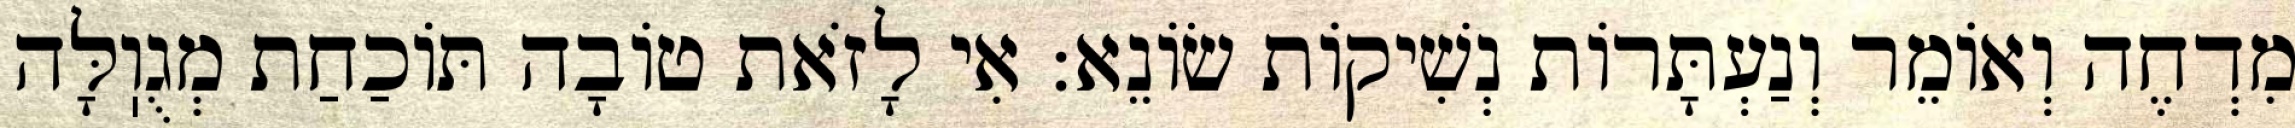
מִדְחֶה וְאוֹמֵר וְנַעְתָּרוֹת נְשִׁיקוֹת שׂוֹנֵא: אִי לָזֹאת טוֹבָה תּוֹכַחַת מְגֻוֽלָּה